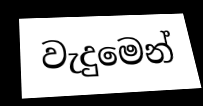
වැදුමෙන්